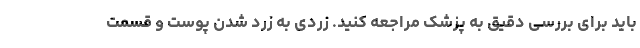
باید برای بررسی دقیق به پزشک مراجعه کنید. زردی به زرد شدن پوست و قسمت